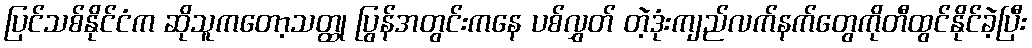
ပြင်သစ်နိုင်ငံက ဆိုသူကတော့သတ္ထု ပြွန်အတွင်းကနေ ပစ်လွှတ် တဲ့ဒုံးကျည်လက်နက်တွေကိုတီထွင်နိုင်ခဲ့ပြီး